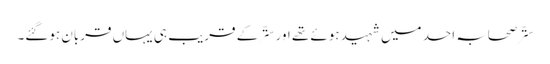
ستّر صحابہ احد میں شہید ہوئے تھے اور ستّر کے قریب ہی یہاں قربان ہوگئے۔